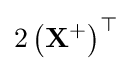
2\left(\mathbf {X} ^{+}\right)^{\top }